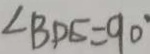
\angle B D E = 9 0 ^ { \circ }